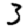
Digit: 3